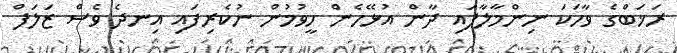
ރަޚަބްގެ ވާހަކަ ނިންމާލާފައި ދާން އުޅޭހެން ހީވުމުން ނުކެރިފައި އިނދެ ވެސް ޒަލަފް